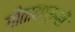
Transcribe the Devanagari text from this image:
गीतामधूनही